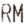
RM